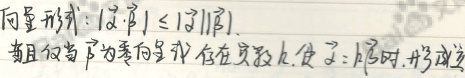
向量形式：\(|\vec{a}\cdot\vec{b}|\leqslant|\vec{a}||\vec{b}|\)。当且仅当\(\vec{b}\)为零向量或存在实数\(\lambda\)，使\(\vec{a}=\lambda\vec{b}\)时，等号成立。